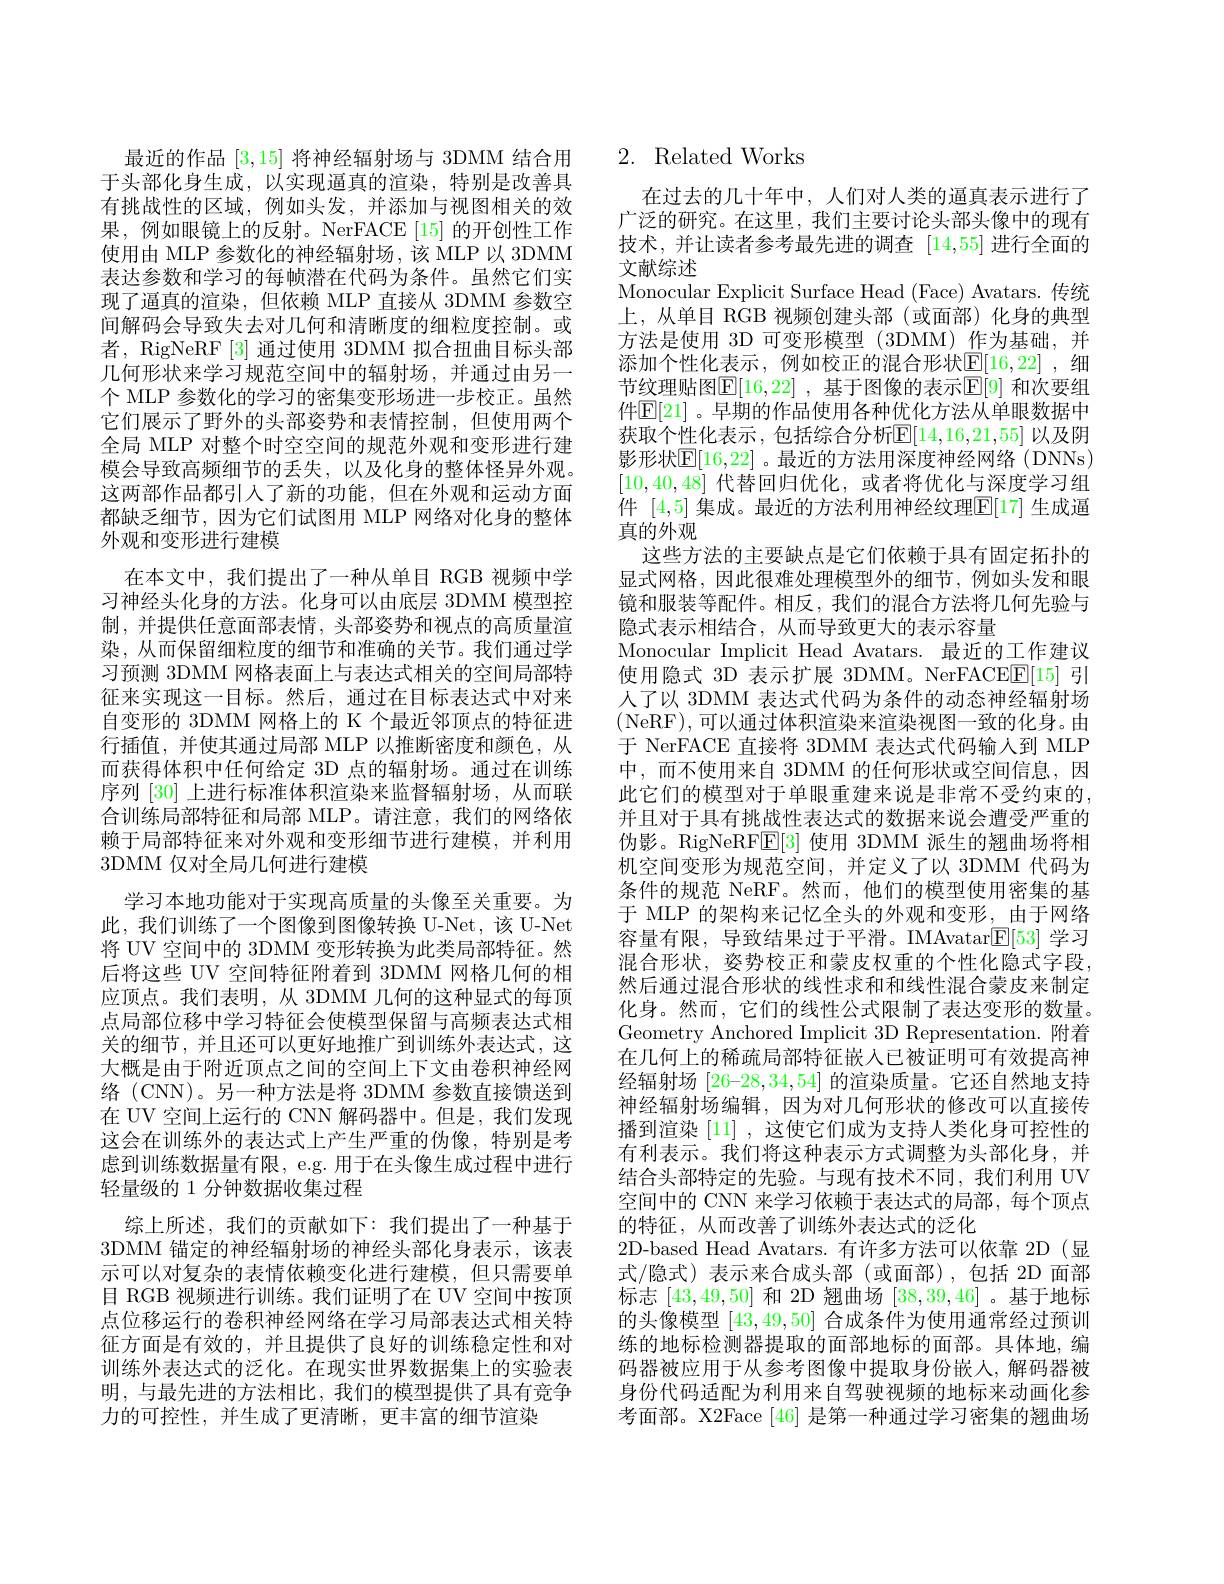
最近的作品[3,15]将神经辐射场与 3DMM 结合用于头部化身生成，以实现逼真的渲染，特别是改善具有挑战性的区域，例如头发，并添加与视图相关的效果，例如眼镜上的反射。NerFACE[15]的开创性工作使用由 MLP 参数化的神经辐射场，该 MLP 以 3DMM 表达参数和学习的每帧潜在代码为条件。虽然它们实现了逼真的渲染，但依赖 MLP 直接从 3DMM 参数空间解码会导致失去对几何和清晰度的细粒度控制。或者，RigNeRF[3] 通过使用 3DMM 拟合扭曲目标头部几何形状来学习规范空间中的辐射场，并通过由另一个 MLP 参数化的学习的密集变形场进一步校正。虽然它们展示了野外的头部姿势和表情控制，但使用两个全局 MLP 对整个时空空间的规范外观和变形进行建模会导致高频细节的丢失，以及化身的整体怪异外观。这两部作品都引人了新的功能，但在外观和运动方面都缺乏细节，因为它们试图用 MLP 网络对化身的整体外观和变形进行建模
在本文中，我们提出了一种从单目 RGB 视频中学习神经头化身的方法。化身可以由底层 3DMM 模型控制，并提供任意面部表情，头部姿势和视点的高质量渲染，从而保留细粒度的细节和准确的关节。我们通过学习预测 3DMM 网格表面上与表达式相关的空间局部特征来实现这一目标。然后，通过在目标表达式中对来自变形的 3DMM 网格上的 K 个最近邻顶点的特征进行插值，并使其通过局部 MLP 以推断密度和颜色，从而获得体积中任何给定 3D 点的辐射场。通过在训练序列[30]上进行标准体积渲染来监督辐射场，从而联合训练局部特征和局部 MLP。请注意，我们的网络依赖于局部特征来对外观和变形细节进行建模，并利用3DMM 仅对全局几何进行建模
学习本地功能对于实现高质量的头像至关重要。为此，我们训练了一个图像到图像转换 U-Net,该 U-Net 将 UV 空间中的 3DMM 变形转换为此类局部特征。然后将这些 UV 空间特征附着到 3DMM 网格几何的相应顶点。我们表明，从 3DMM 几何的这种显式的每顶点局部位移中学习特征会使模型保留与高频表达式相关的细节，并且还可以更好地推广到训练外表达式，这大概是由于附近顶点之间的空间上下文由卷积神经网络 (CNN)。另一种方法是将 3DMM 参数直接馈送到在 UV 空间上运行的 CNN 解码器中。但是，我们发现这会在训练外的表达式上产生严重的伪像，特别是考虑到训练数据量有限，e.g. 用于在头像生成过程中进行轻量级的 1 分钟数据收集过程
综上所述，我们的贡献如下：我们提出了一种基于3DMM 锚定的神经辐射场的神经头部化身表示，该表示可以对复杂的表情依赖变化进行建模，但只需要单目 RGB 视频进行训练。我们证明了在 UV 空间中按顶点位移运行的卷积神经网络在学习局部表达式相关特征方面是有效的，并且提供了良好的训练稳定性和对训练外表达式的泛化。在现实世界数据集上的实验表明，与最先进的方法相比，我们的模型提供了具有竞争力的可控性，并生成了更清晰，更丰富的细节渲染

# 2. Related Works

在过去的几十年中，人们对人类的逼真表示进行了广泛的研究。在这里，我们主要讨论头部头像中的现有技术，并让读者参考最先进的调查[14,55]进行全面的文献综述
Monocular Explicit Surface Head (Face) Avatars. 传统上，从单目 RGB 视频创建头部 (或面部)化身的典型方法是使用 3D 可变形模型 (3DMM) 作为基础，并添加个性化表示，例如校正的混合形状$\mathbb{E}[16,22]$ ,细节纹理贴图$\mathbb{E}[16,22]$ ,基于图像的表示$\mathbb{E}[9]$ 和次要组件$\mathbb{E}[21]$。早期的作品使用各种优化方法从单眼数据中获取个性化表示，包括综合分析$\mathbb{E}[14,16,21,55]$ 以及阴影形状$\boxed{\mathbb{F}}[16,22]$ 。最近的方法用深度神经网络 (DNNs) [10,40,48]代替回归优化，或者将优化与深度学习组件[4,5]集成。最近的方法利用神经纹理$\mathbb{E}[17]$生成逼真的外观
这些方法的主要缺点是它们依赖于具有固定拓扑的显式网格，因此很难处理模型外的细节，例如头发和眼镜和服装等配件。相反，我们的混合方法将几何先验与隐式表示相结合，从而导致更大的表示容量
Monocular Implicit Head Avatars. 最近的工作建议使用隐式 3D 表示扩展 3DMM。NerFACEE[15] 引人了以 3DMM 表达式代码为条件的动态神经辐射场(NeRF),可以通过体积渲染来渲染视图一致的化身。由于 NerFACE 直接将 3DMM 表达式代码输人到 MLP 中，而不使用来自 3DMM 的任何形状或空间信息，因此它们的模型对于单眼重建来说是非常不受约束的， 并且对于具有挑战性表达式的数据来说会遭受严重的伪影。RigNeRF$\mathbb{E}[3]$使用 3DMM 派生的翘曲场将相机空间变形为规范空间，并定义了以 3DMM 代码为条件的规范 NeRF。然而，他们的模型使用密集的基于 MLP 的架构来记忆全头的外观和变形，由于网络容量有限，导致结果过于平滑。IMAvatar$\mathbb{E}[53]$学习混合形状，姿势校正和蒙皮权重的个性化隐式字段， 然后通过混合形状的线性求和和线性混合蒙皮来制定化身。然而，它们的线性公式限制了表达变形的数量。Geometry Anchored Implicit 3D Representation. 附着在几何上的稀疏局部特征嵌人已被证明可有效提高神经辐射场 [26-28,34,54] 的渲染质量。它还自然地支持神经辐射场编辑，因为对几何形状的修改可以直接传播到渲染 [11] , 这使它们成为支持人类化身可控性的有利表示。我们将这种表示方式调整为头部化身，并结合头部特定的先验。与现有技术不同，我们利用 UV 空间中的 CNN 来学习依赖于表达式的局部，每个顶点的特征，从而改善了训练外表达式的泛化
2D-based Head Avatars. 有许多方法可以依靠 2D(显式/隐式)表示来合成头部(或面部),包括 2D 面部标志[43,49,50]和 2D 翘曲场[38,39,46] 。基于地标的头像模型[43,49,50]合成条件为使用通常经过预训练的地标检测器提取的面部地标的面部。具体地，编码器被应用于从参考图像中提取身份嵌人，解码器被身份代码适配为利用来自驾驶视频的地标来动画化参考面部。X2Face [46] 是第一种通过学习密集的翘曲场